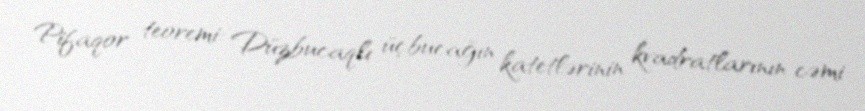
Pifaqor teoremi: Düzbucaqlı üçbucağın katetlərinin kvadratlarının cəmi